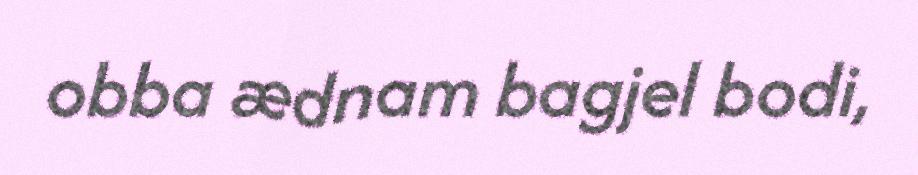
obba ædnam bagjel bodi,